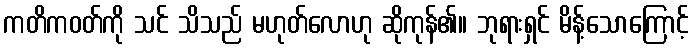
ကတိကဝတ်ကို သင် သိသည် မဟုတ်လောဟု ဆိုကုန်၏။ ဘုရားရှင် မိန့်သောကြောင့်